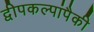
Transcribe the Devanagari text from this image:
द्वीपकल्पांपैकी